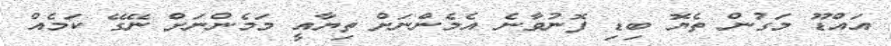
އައްޑޫ މަގުން ތެޔޮ ބިޑި ފޮނުވާނެ އެމެންނަށް ތިޔާއީ މަމެންނަށް ނޭގޭ ކަމެއް